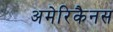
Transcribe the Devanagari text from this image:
अमेरिकैनस